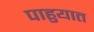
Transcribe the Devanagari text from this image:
पाहुयात